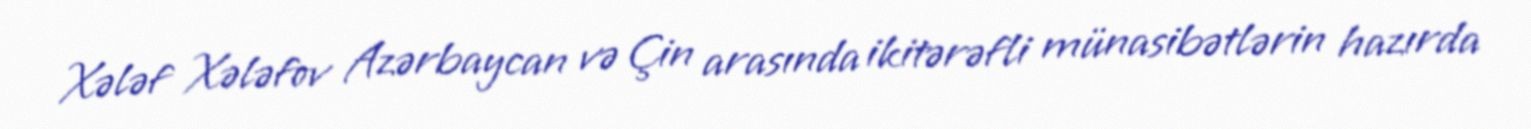
Xələf Xələfov Azərbaycan və Çin arasında ikitərəfli münasibətlərin hazırda